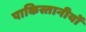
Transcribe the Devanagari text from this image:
पाकिस्तानीयों